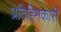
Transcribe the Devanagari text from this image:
प्रतिहिमकारी